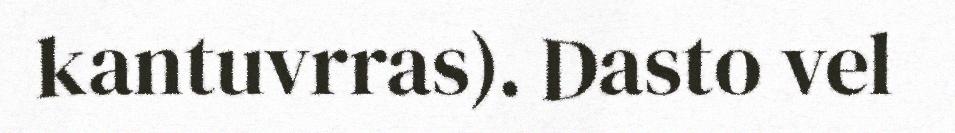
kantuvrras). Dasto vel